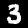
Digit: 3